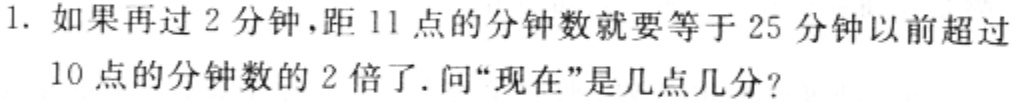
1. 如果再过 2 分钟，距 11 点的分钟数就要等于 25 分钟以前超过10 点的分钟数的 2 倍了. 问“现在”是几点几分?